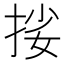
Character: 𢬰